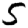
Digit: 5